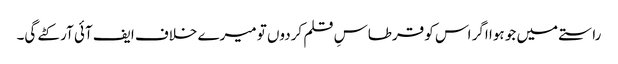
راستے میں جو ہوا اگر اس کو قرطاسِ قلم کردوں تو میرے خلاف ایف آئی آر کٹے گی۔